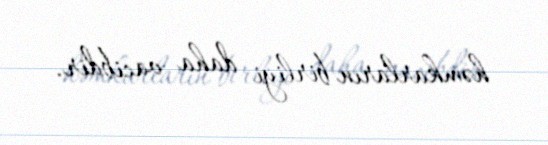
həmkarların birliyi daha vacibdir.